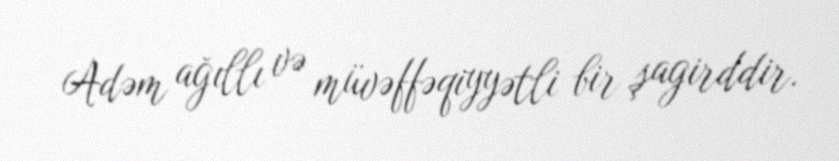
Adəm ağıllı və müvəffəqiyyətli bir şagirddir.